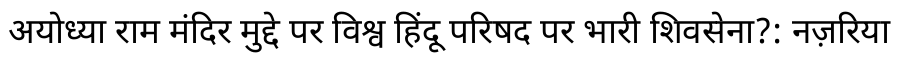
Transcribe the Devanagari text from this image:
अयोध्या राम मंदिर मुद्दे पर विश्व हिंदू परिषद पर भारी शिवसेना?: नज़रिया